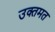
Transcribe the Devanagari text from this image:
उक्तमत